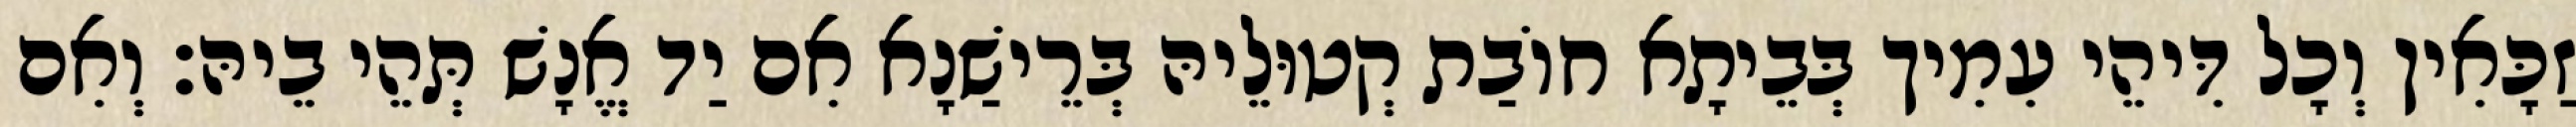
זַכָּאִין וְכָל דִּיהֵי עִמִיך בְּבֵיתָא חוֹבַת קְטוּלֵיהּ בְּרֵישַׁנָא אִם יַד אֱנָשׁ תְּהֵי בֵיהּ׃ וְאִם